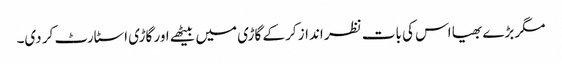
مگر بڑے بھیا اس کی بات نظر انداز کر کے گاڑی میں بیٹھے اور گاڑی اسٹارٹ کر دی۔